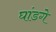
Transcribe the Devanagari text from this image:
घांडगे